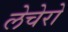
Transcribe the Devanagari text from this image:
लेचेरो